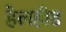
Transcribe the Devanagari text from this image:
हेलहीड